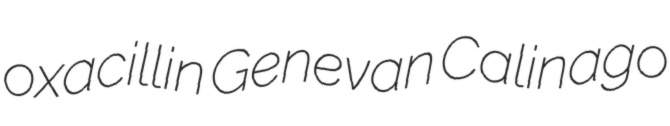
oxacillin Genevan Calinago